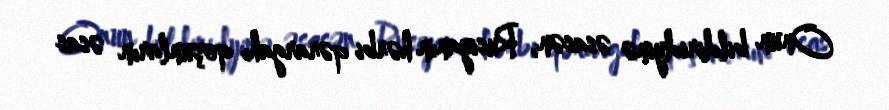
Onun bildiridyinə əsasən, Rusiyanın hərbi qərargahı qoşunların əsas